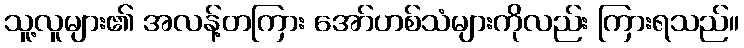
သူ့လူများ၏ အလန့်တကြား အော်ဟစ်သံများကိုလည်း ကြားရသည်။